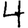
Digit: 4